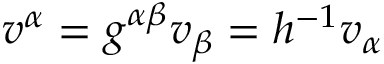
v ^ { \alpha } = g ^ { \alpha \beta } v _ { \beta } = h ^ { - 1 } v _ { \alpha }